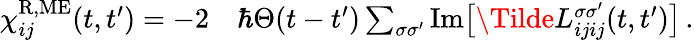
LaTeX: \begin{array}{rl}{\chi_{ij}^{\mathrm{R,ME}}(t,t^{\prime})=-2}&{{}\hbar\Theta(t-t^{\prime})\sum_{\sigma\sigma^{\prime}}\mathrm{Im}\big[\Tilde{L}_{ijij}^{\sigma\sigma^{\prime}}(t,t^{\prime})\big]\, .}\end{array}